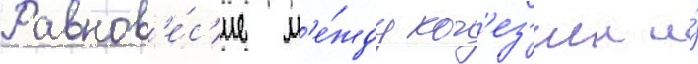
Равнов'е́с'ие м'е́жду ког'ез'иеи и́